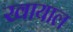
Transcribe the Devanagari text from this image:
खायाल